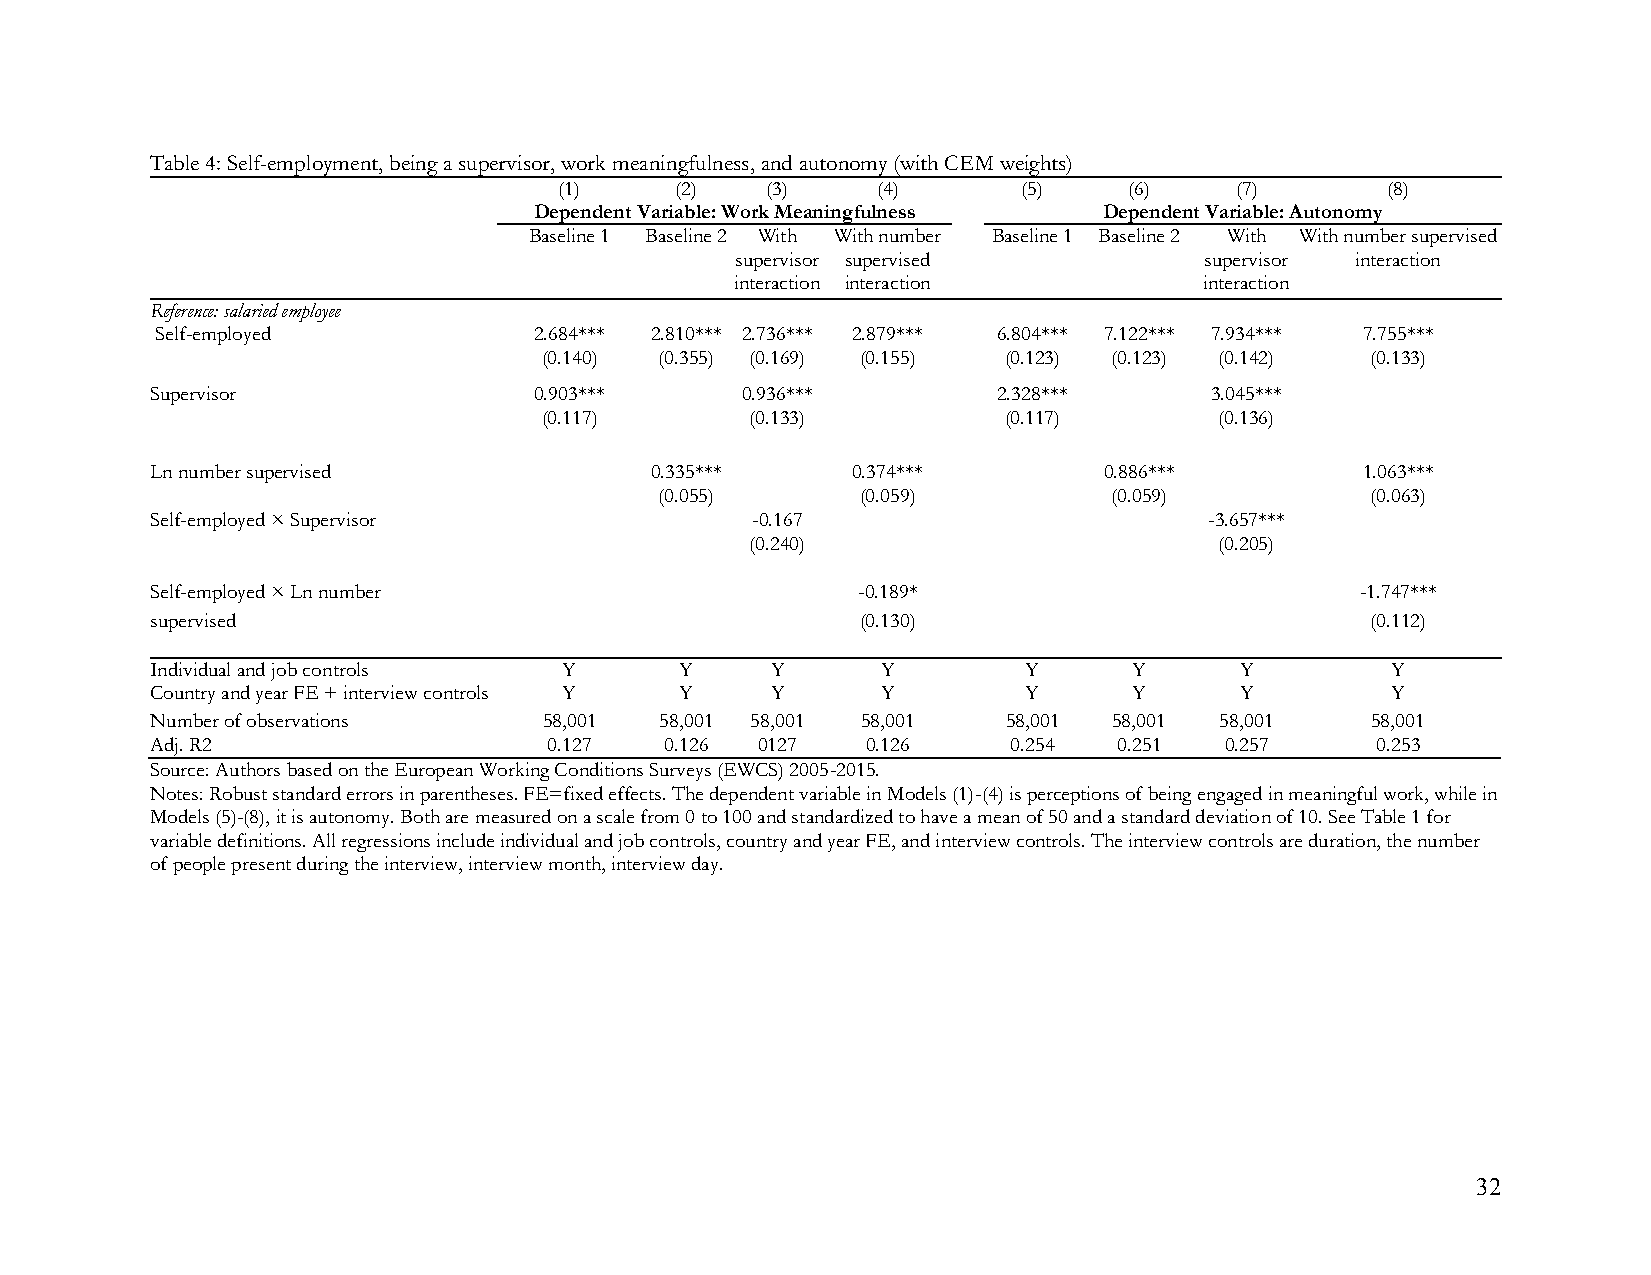
Table 4: Self-employment, being a supervisor, work meaningfulness, and autonomy (with CEM weights)
 (1)     (2)   (3)    (4)       (5)    (6)    (7)       (8)
 Dependent Variable: Work Meaningfulness Dependent Variable: Autonomy
 Baseline 1 Baseline 2 With With number Baseline 1 Baseline 2 With With number supervised
 supervisor supervised          supervisor interaction
 interaction interaction        interaction
 Reference: salaried employee
 Self-employed            2.684*** 2.810*** 2.736*** 2.879*** 6.804*** 7.122*** 7.934*** 7.755***
 (0.140) (0.355) (0.169) (0.155) (0.123) (0.123) (0.142) (0.133)
 Supervisor               0.903***      0.936***         2.328***      3.045***
 (0.117)       (0.133)         (0.117)        (0.136)
 Ln number supervised             0.335***     0.374***         0.886***         1.063***
 (0.055)      (0.059)          (0.059)          (0.063)
 Self-employed × Supervisor              -0.167                        -3.657***
 (0.240)                        (0.205)
 Self-employed × Ln number                      -0.189*                          -1.747***
 supervised                                     (0.130)                           (0.112)
 Individual and job controls Y      Y     Y      Y         Y      Y      Y         Y
 Country and year FE + interview controls Y Y Y  Y         Y      Y      Y         Y
 Number of observations    58,001  58,001 58,001 58,001   58,001 58,001 58,001    58,001
 Adj. R2                   0.127   0.126 0127   0.126     0.254  0.251  0.257     0.253
 Source: Authors based on the European Working Conditions Surveys (EWCS) 2005-2015.
 Notes: Robust standard errors in parentheses. FE=fixed effects. The dependent variable in Models (1)-(4) is perceptions of being engaged in meaningful work, while in
 Models (5)-(8), it is autonomy. Both are measured on a scale from 0 to 100 and standardized to have a mean of 50 and a standard deviation of 10. See Table 1 for
 variable definitions. All regressions include individual and job controls, country and year FE, and interview controls. The interview controls are duration, the number
 of people present during the interview, interview month, interview day.
 32